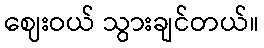
ဈေးဝယ် သွားချင်တယ်။